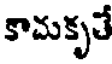
కామకృతే